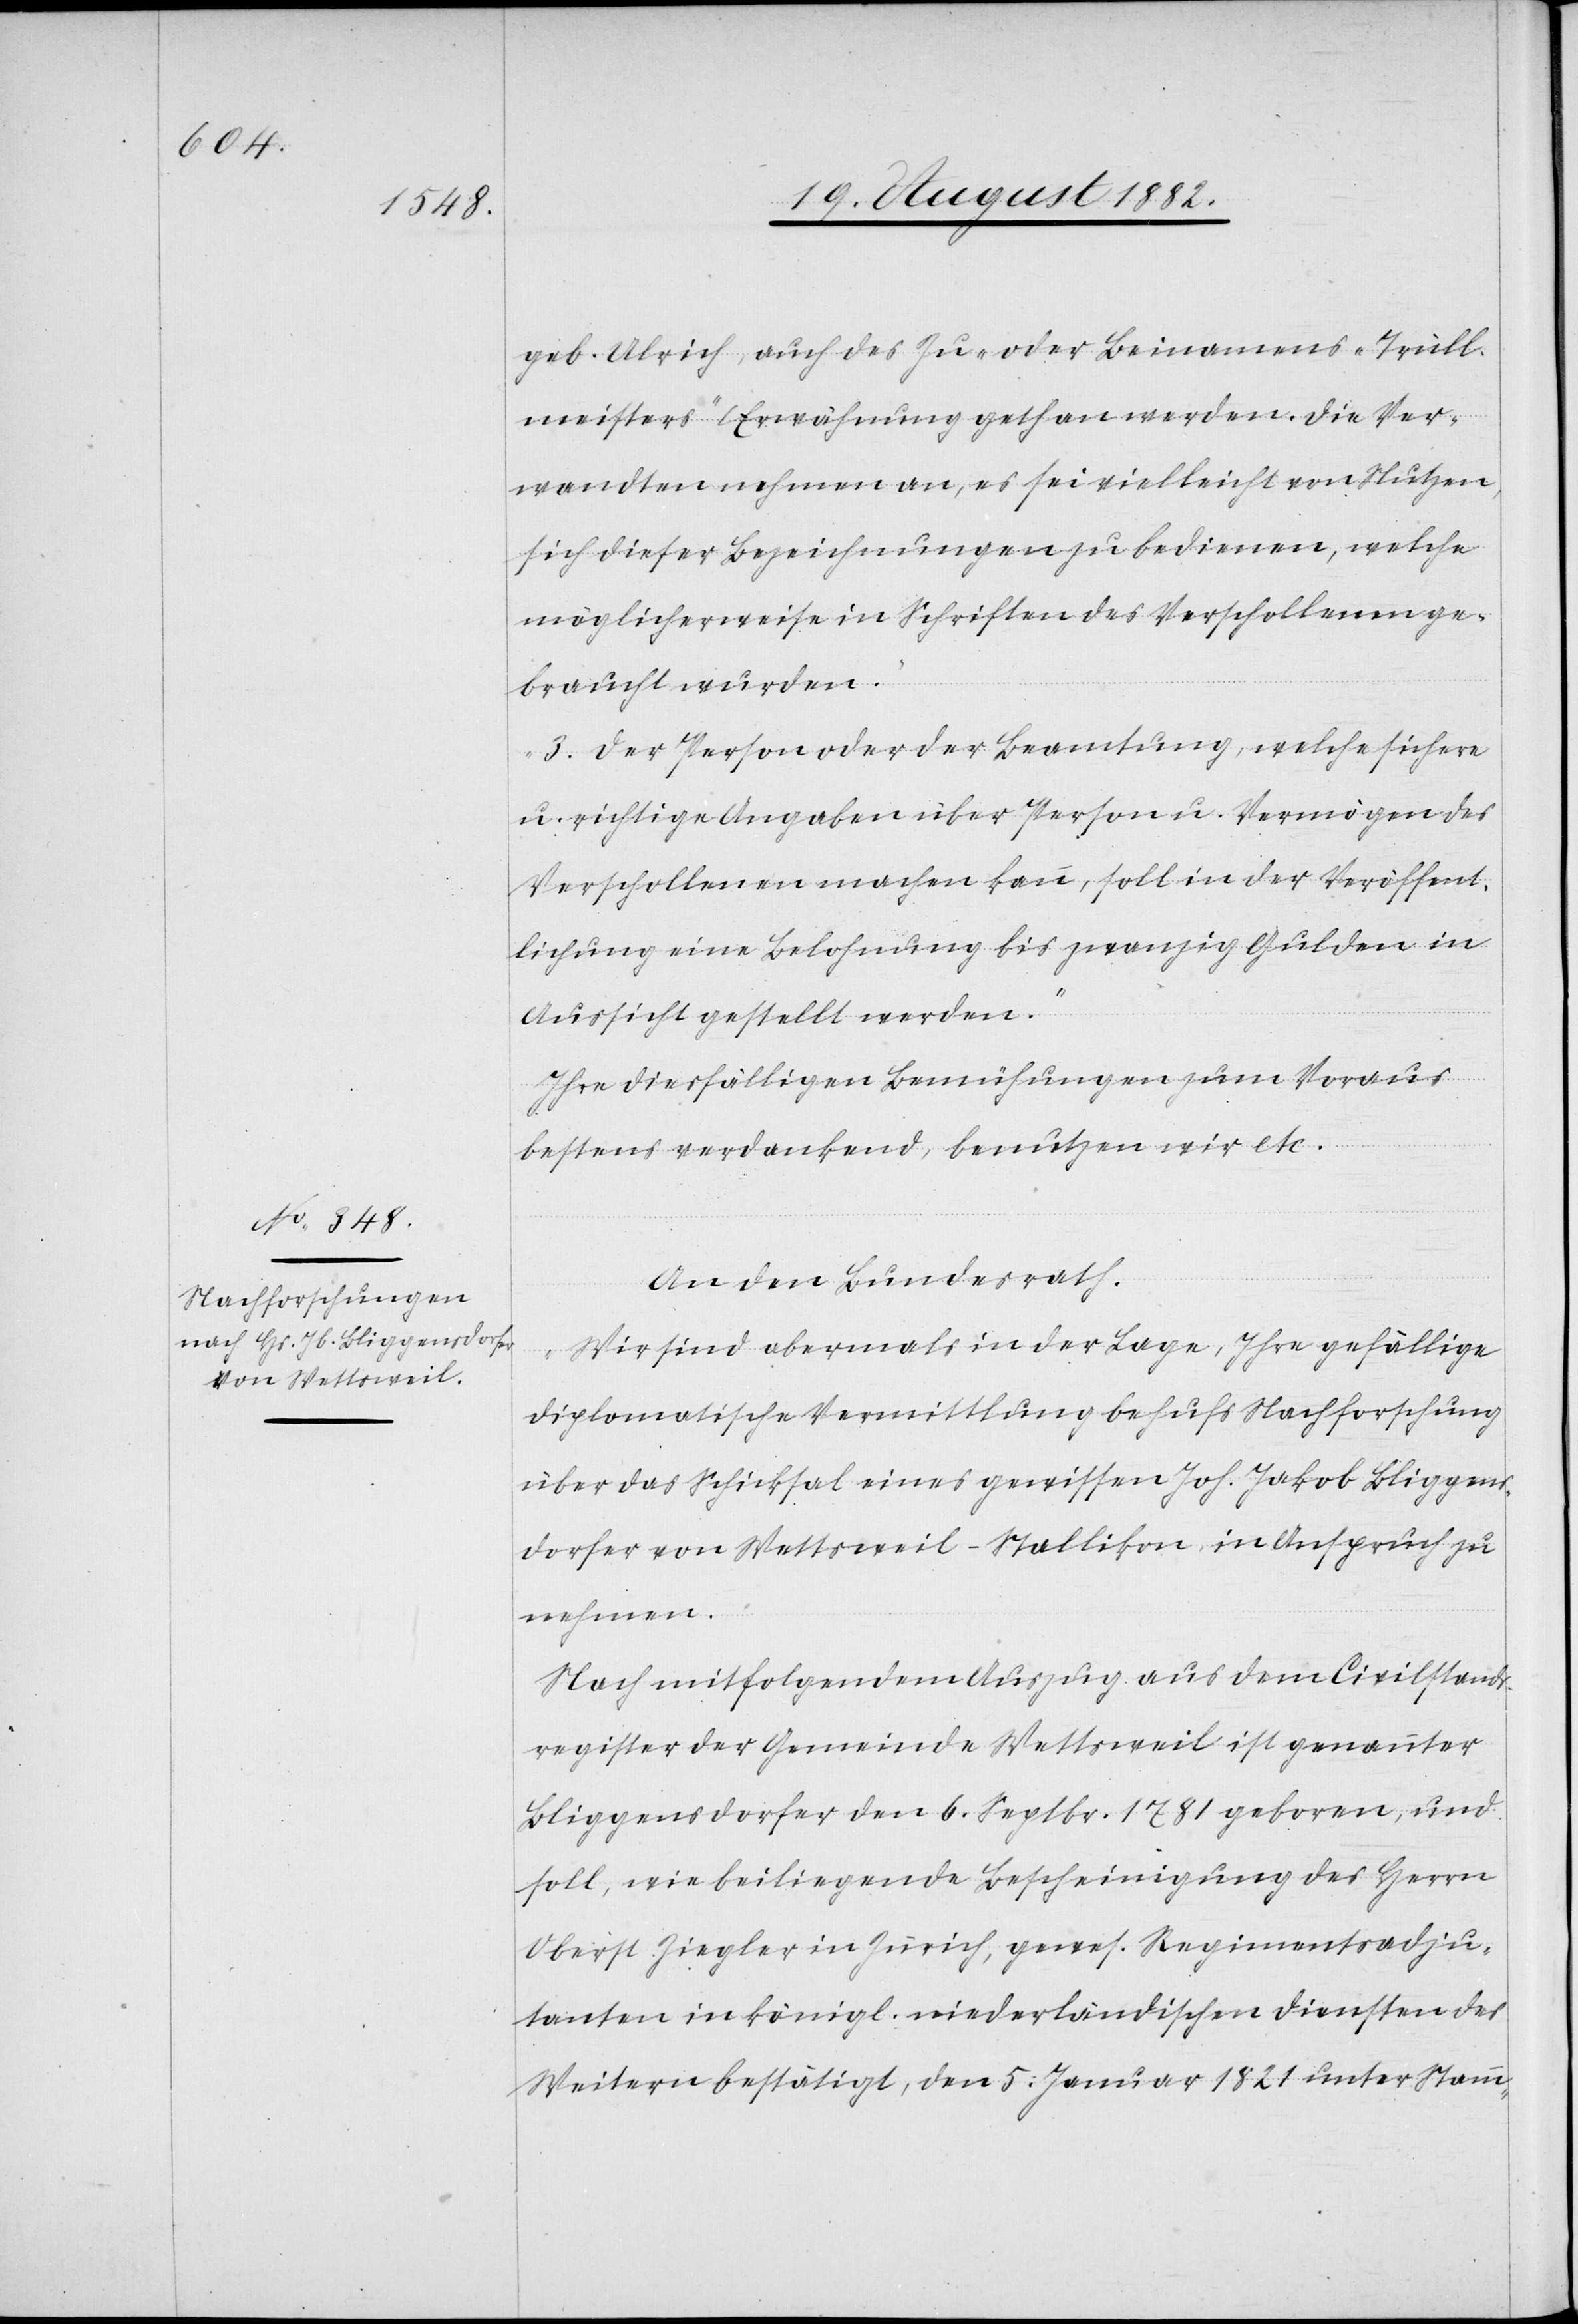
geb. Ulrich, auch des Zu- oder Beinamens „Trüll¬
meisters“ Erwähnung gethan werden. Die Ver¬
wandten nehmen an, es sei vielleicht von Nutzen,
sich dieser Bezeichnungen zu bedienen, welche
möglicherweise in Schriften des Verschollenen ge¬
braucht wurden.
3. Der Person oder der Beamtung, welche sichere
u. richtige Angaben über Person u. Vermögen des
Verschollenen machen kann, soll in der Veröffent¬
lichung eine Belohnung bis zwanzig Gulden in
Aussicht gestellt werden.
Ihre diesfälligen Bemühungen zum Voraus
bestens verdankend, benutzen wir etc.
An den Bundesrath,
„Wir sind abermals in der Lage, Ihre gefällige
diplomatische Vermittlung behufs Nachforschung
über das Schicksal eines gewissen Joh. [sic!] Jakob Bliggens¬
dorfer von Wettsweil - Stallikon in Anspruch zu
nehmen.
Nach mitfolgendem Auszug aus dem Civilstands¬
register der Gemeinde Wettsweil ist genannter
Bliggensdorfer den 6. Septbr. 1781 geboren, und
soll, wie beiliegende Bescheinigung des Herrn
Oberst Ziegler in Zürich, gewes. Regimentsadju¬
tanten in königl. niederländischen Diensten des
Weitern bestätigt, den 5. Januar 1821 unter Stamm-